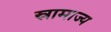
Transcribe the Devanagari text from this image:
स्रामाज्य